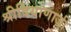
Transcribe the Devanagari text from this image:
श्रीदियाणाजी